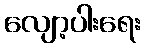
လျော့ပါးရေး